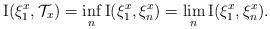
LaTeX: \begin{align*}\mathrm{I}(\xi_{1}^{x},\mathcal{T}_{x})=\inf_{n}\mathrm{I}(\xi_{1}^{x},\xi_{n}^{x})=\lim_{n}\mathrm{I}(\xi_{1}^{x},\xi_{n}^{x}).\end{align*}